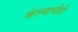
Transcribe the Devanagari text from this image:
केल्याचीही